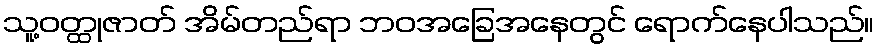
သူ့ဝတ္ထုဇာတ် အိမ်တည်ရာ ဘဝအခြေအနေတွင် ရောက်နေပါသည်။